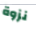
نزوة